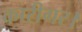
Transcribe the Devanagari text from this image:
कारीगर।